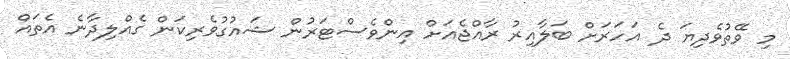
މި ވޭތުވެދިޔަ ދެ އަހަރަށް ބަލާއިރު ރާއްޖެއަށް އިންވެސްޓަރުން ޝައުގުވެރިކަން ގެއްލިދާނެ އެތައް